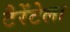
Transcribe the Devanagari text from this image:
टैरेंटेला